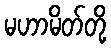
မဟာမိတ်တို့